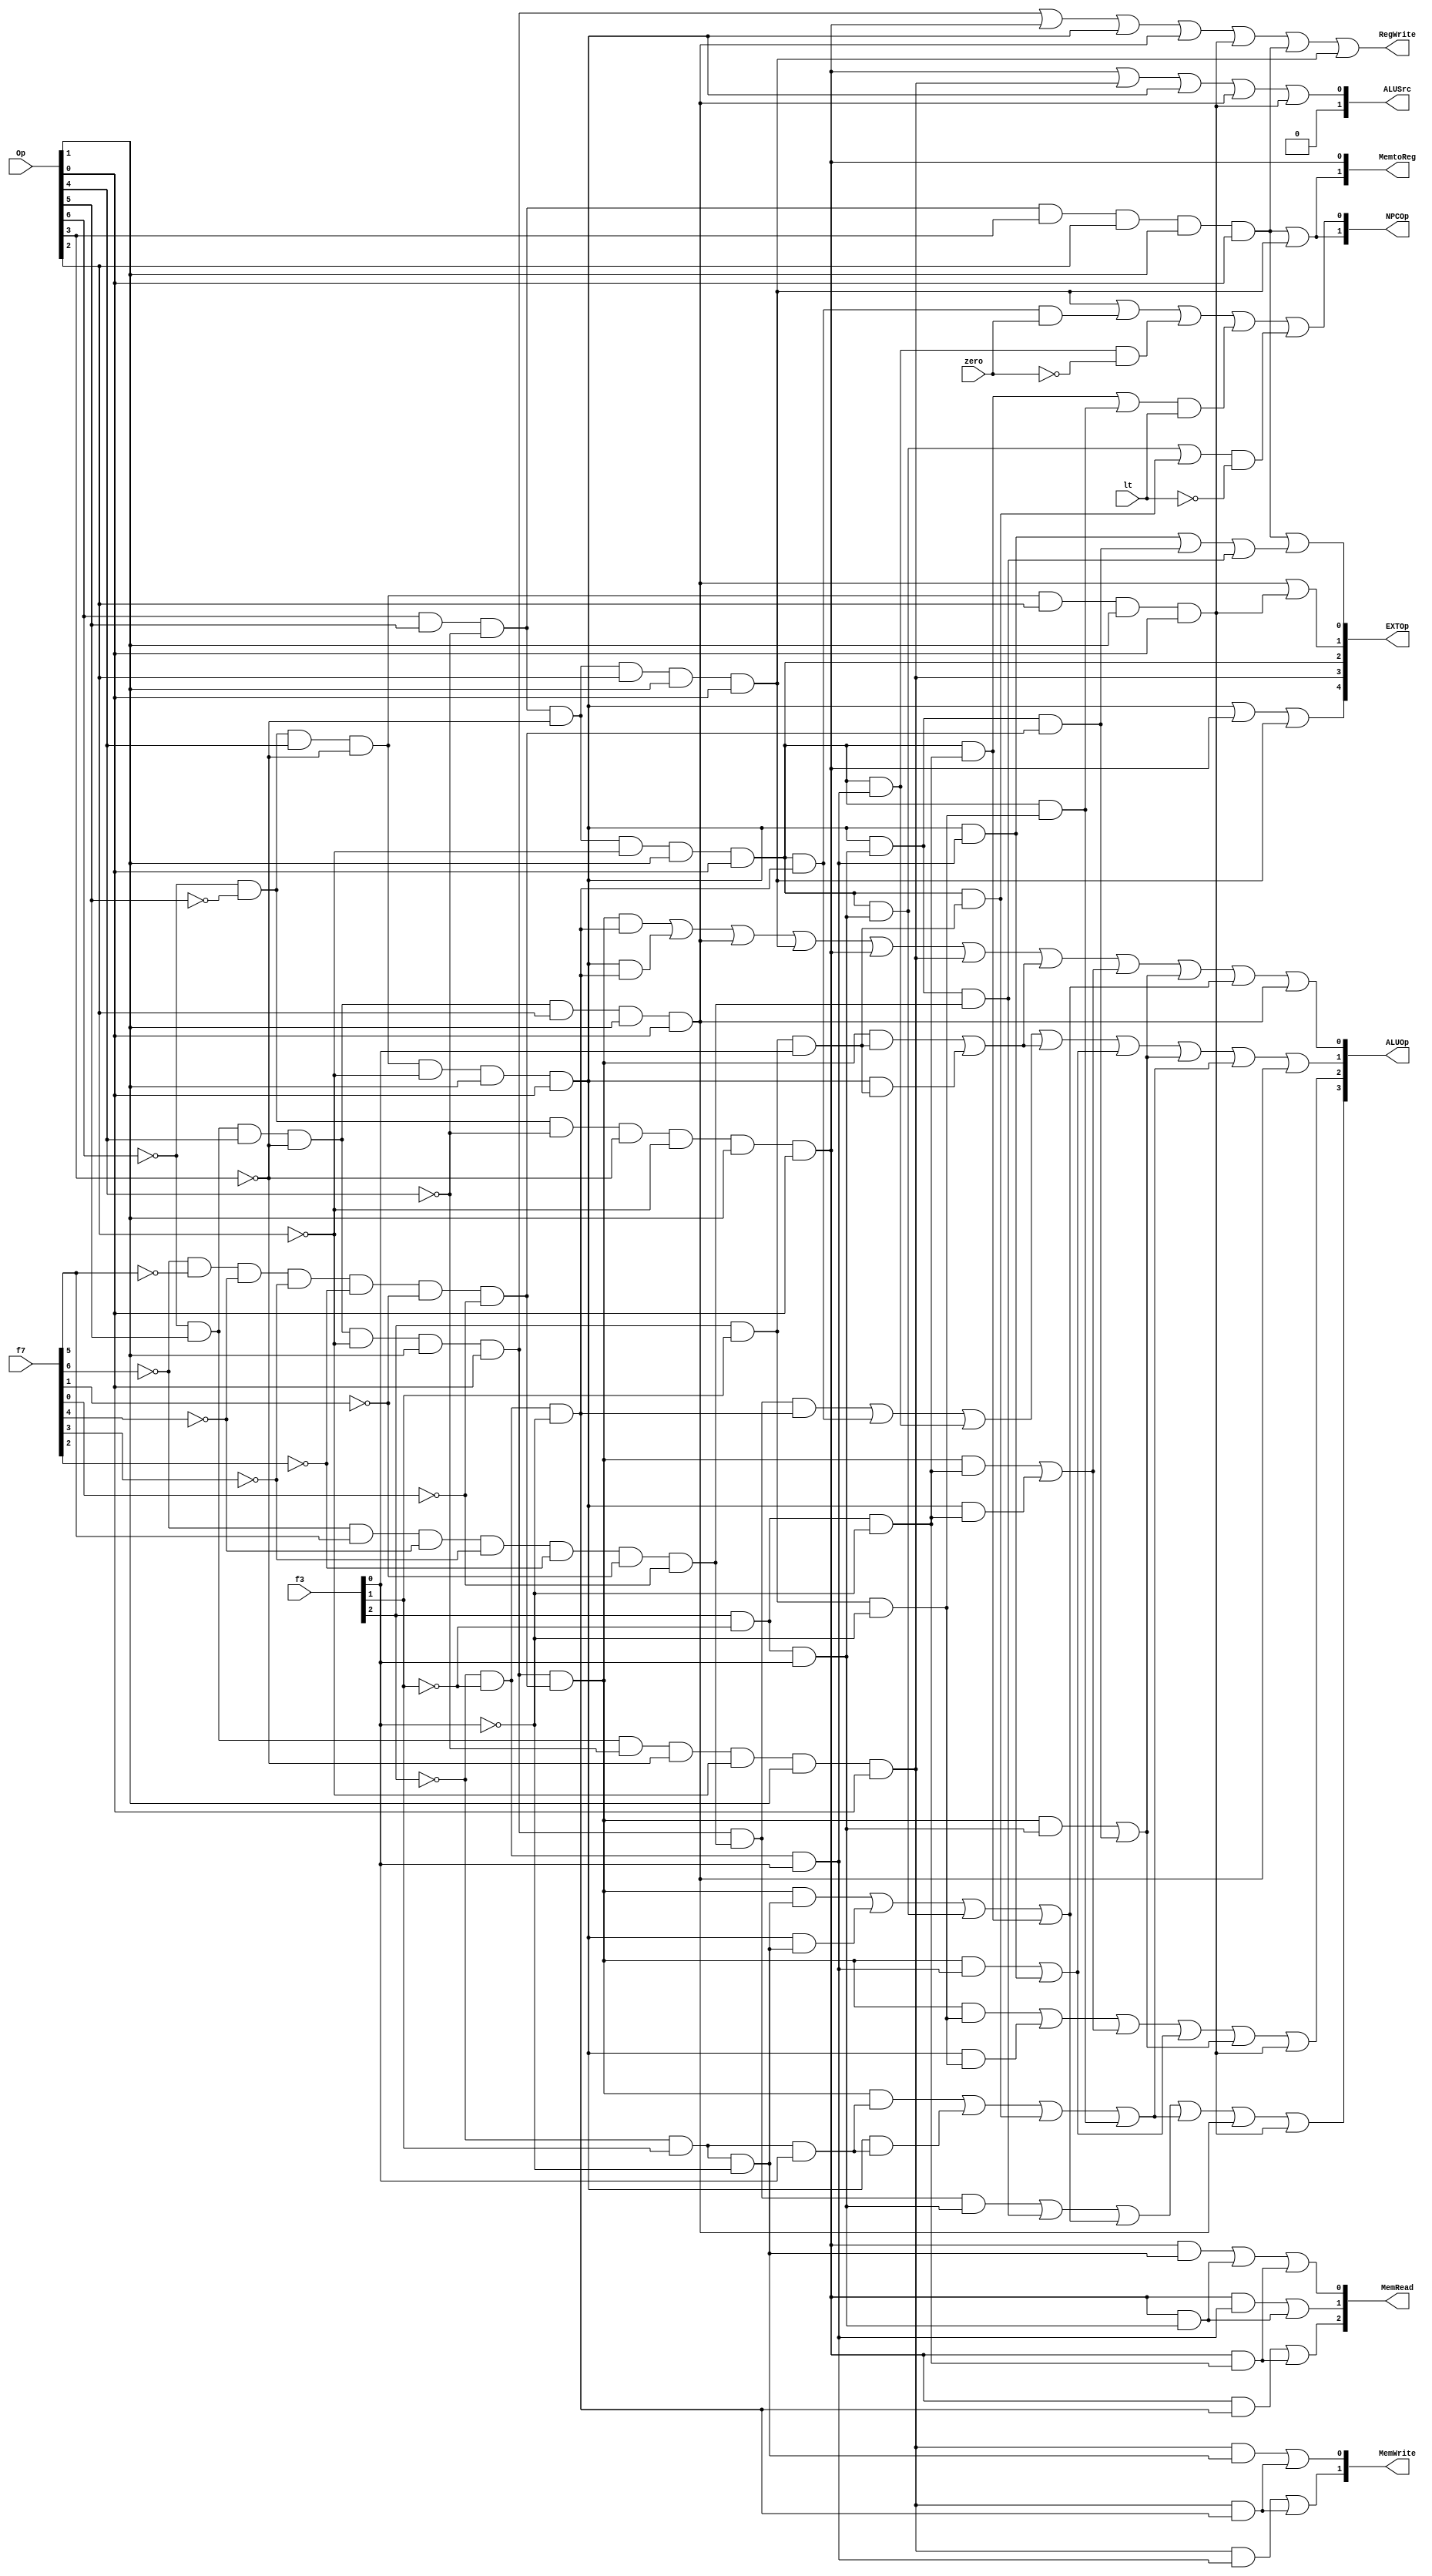
// `include "ctrl_encode_def.v"

module ctrl(
    input  [6:0] Op,       // opcode
    input  [6:0] f7,       // funct7
    input  [2:0] f3,       // funct3
    input        zero,     // alu cmp
    input        lt,

    output       RegWrite, // control signal for register write
    output [1:0] MemWrite,
    output [2:0] MemRead,
    output [1:0] MemtoReg,
    output [4:0] EXTOp,    // control signal to signed extension
    output [3:0] ALUOp,    // ALU opertion
    output [1:0] NPCOp,    // next pc operation
    output [1:0] ALUSrc    // ALU source for B
);

/************ decode ************/

    // funct7/3 
    wire f7_0000000 = ~f7[6]&~f7[5]&~f7[4]&~f7[3]&~f7[2]&~f7[1]&~f7[0];
    wire f7_0100000 = ~f7[6]& f7[5]&~f7[4]&~f7[3]&~f7[2]&~f7[1]&~f7[0];

    wire f3_000 = ~f3[2]&~f3[1]&~f3[0];
    wire f3_001 = ~f3[2]&~f3[1]& f3[0];
    wire f3_010 = ~f3[2]& f3[1]&~f3[0];
    wire f3_011 = ~f3[2]& f3[1]& f3[0];
    wire f3_100 =  f3[2]&~f3[1]&~f3[0];
    wire f3_101 =  f3[2]&~f3[1]& f3[0];
    wire f3_110 =  f3[2]& f3[1]&~f3[0];
    wire f3_111 =  f3[2]& f3[1]& f3[0];
    
    // r format 
    wire rtype  = ~Op[6]& Op[5]& Op[4]&~Op[3]&~Op[2]& Op[1]& Op[0]; 
    wire i_add  = rtype& f7_0000000&  f3_000; 
    wire i_sub  = rtype& f7_0100000&  f3_000; 
    wire i_sll  = rtype& f7_0000000&  f3_001;
    wire i_slt  = rtype& f7_0000000&  f3_010;
    wire i_sltu = rtype& f7_0000000&  f3_011;
    wire i_xor  = rtype& f7_0000000&  f3_100;
    wire i_srl  = rtype& f7_0000000&  f3_101;
    wire i_sra  = rtype& f7_0100000&  f3_101;
    wire i_or   = rtype& f7_0000000&  f3_110; 
    wire i_and  = rtype& f7_0000000&  f3_111; 

    // i format load
    wire ltype  = ~Op[6]&~Op[5]&~Op[4]&~Op[3]&~Op[2]&Op[1]&Op[0]; 
    wire i_lb   = ltype& f3_000;
    wire i_lh   = ltype& f3_001;
    wire i_lw   = ltype& f3_010; 
    wire i_lbu  = ltype& f3_100;
    wire i_lhu  = ltype& f3_101;

    // i format arith & logic
    wire itype  = ~Op[6]&~Op[5]&Op[4]&~Op[3]&~Op[2]&Op[1]&Op[0]; 
    wire i_addi = itype& f3_000;
    wire i_slti = itype& f3_010;
    wire i_sltiu= itype& f3_011;
    wire i_xori = itype& f3_100;
    wire i_ori  = itype& f3_110; 
    wire i_andi = itype& f3_111; 
    wire i_slli = itype& f3_001;
    wire i_srli = itype& f3_101& f7_0000000;
    wire i_srai = itype& f3_101& f7_0100000;
    wire shtype = i_slli | i_srli | i_srai;

    // s format
    wire stype  = ~Op[6]&Op[5]&~Op[4]&~Op[3]&~Op[2]&Op[1]&Op[0];
    wire i_sb   = stype& f3_000;
    wire i_sh   = stype& f3_001;
    wire i_sw   = stype& f3_010; 

    // sb format
    wire sbtype =  Op[6]& Op[5]&~Op[4]&~Op[3]&~Op[2]& Op[1]& Op[0];
    wire i_beq  = sbtype& f3_000; 
    wire i_bne  = sbtype& f3_001;
    wire i_blt  = sbtype& f3_100;
    wire i_bge  = sbtype& f3_101;
    wire i_bltu = sbtype& f3_110;
    wire i_bgeu = sbtype& f3_111; 

    // others
    wire i_jal  =  Op[6]& Op[5]&~Op[4]& Op[3]& Op[2]& Op[1]& Op[0];  
    wire i_jalr =  Op[6]& Op[5]&~Op[4]&~Op[3]& Op[2]& Op[1]& Op[0];
    wire i_lui  = ~Op[6]& Op[5]& Op[4]&~Op[3]& Op[2]& Op[1]& Op[0];  
    wire i_auipc= ~Op[6]&~Op[5]& Op[4]&~Op[3]& Op[2]& Op[1]& Op[0]; 

/************ control ************/

    assign RegWrite   = rtype | ltype |  itype | i_lui | i_auipc | i_jal | i_jalr ;
    // register writeback enable

    assign MemtoReg[0]= ltype ;
    assign MemtoReg[1]= i_jal | i_jalr;
    // register writeback;
    // 01 from D-Mem, 00 from ALUout, 10 from PC (jump-and-link)
    
    assign ALUSrc[0] = ltype | stype | itype | i_lui | i_auipc;  
    assign ALUSrc[1] = 1'b0;
    // 01 from instruction immediate

    assign NPCOp[0] = i_jalr| (i_beq & zero) | (i_bne &~zero) | ((i_blt|i_bltu) & lt) | ((i_bge|i_bgeu) &~lt);
    assign NPCOp[1] = i_jal | i_jalr;
    // branch (NPC);
    // 00 (PC + 4), 01 beq (PC + IMM), 10 jal (IMM), 11 jalr (IMM(rs1))
    
    assign MemWrite[0] = i_sw | i_sb ;
    assign MemWrite[1] = i_sh | i_sb ;
    // D-Mem Write
    // MEM_SW 2'b01
    // MEM_SH 2'b10
    // MEM_SB 2'b11  
    
    assign MemRead[0] = i_lw | i_lhu | i_lbu ;
    assign MemRead[1] = i_lh | i_lhu ;
    assign MemRead[2] = i_lb | i_lbu ;   
    // D-Mem Read   
    // MEM_LW  3'b001
    // MEM_LH  3'b010
    // MEM_LHU 3'b011
    // MEM_LB  3'b100
    // MEM_LBU 3'b101

/************ signed extention ************/

    // EXT_CTRL_ITYPE	5'b10000
    // EXT_CTRL_STYPE	5'b01000
    // EXT_CTRL_BTYPE	5'b00100
    // EXT_CTRL_UTYPE	5'b00010
    // EXT_CTRL_JTYPE	5'b00001
    // EXT_CTRL_SHAMT   5'b10001
    assign EXTOp[4]    = itype | ltype | i_jalr;  
    assign EXTOp[3]    = stype; 
    assign EXTOp[2]    = sbtype; 
    assign EXTOp[1]    = i_lui | i_auipc;   
    assign EXTOp[0]    = i_jal | shtype;         

/************ alu control ************/

    // `define ALU_NOP     4'b0000
    // `define ALU_ADD     4'b0001  
    wire _add = i_add | i_addi | i_lui | i_jalr | ltype | stype;
    // `define ALU_SUB     4'b0010 
    wire _sub = i_sub | i_beq | i_bne;
    // `define ALU_AND     4'b0011
    wire _and = i_and | i_andi;
    // `define ALU_OR      4'b0100
    wire _or  = i_or | i_ori;
    // `define ALU_XOR     4'b0101
    wire _xor = i_xor | i_xori;
    // `define ALU_SLL     4'b0110
    wire _sll = i_sll | i_slli;
    // `define ALU_SRL     4'b0111
    wire _srl = i_srl | i_srli; 
    // `define ALU_SRA     4'b1000
    wire _sra = i_sra | i_srai;
    // `define ALU_SLT     4'b1001
    wire _slt = i_slt | i_slti  | i_bge | i_blt;
    // `define ALU_SLTU    4'b1010
    wire _sltu= i_sltu | i_sltiu | i_bgeu | i_bltu;
    // `define ALU_LUI     4'b1011
    wire _lui = i_lui;
    // `define ALU_AUIPC   4'b1100
    wire _auipc = i_auipc;

    assign ALUOp[0] = _add | _and | _xor | _srl | _slt | _lui;
    assign ALUOp[1] = _sub | _and | _sll | _srl | _sltu| _lui;
    assign ALUOp[2] = _or  | _xor | _sll | _srl | _auipc;
    assign ALUOp[3] = _sra | _slt | _sltu| _lui | _auipc;

endmodule